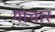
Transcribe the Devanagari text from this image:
गोचार